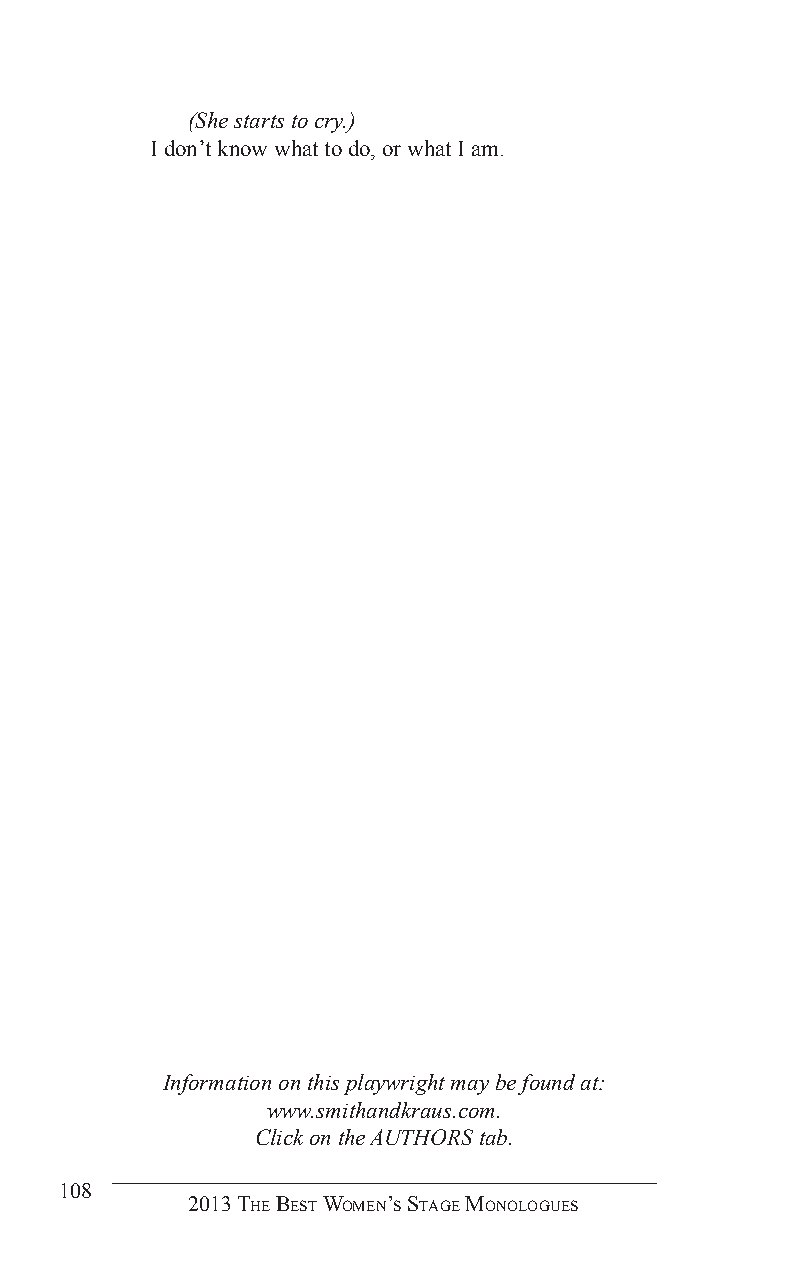
(She starts to cry.)
 I don’t know what to do, or what I am.
 Information on this playwright may be found at:
 www.smithandkraus.com.
 Click on the AUTHORS tab.
 108
 2013 The BesT Women’s sTage monologues